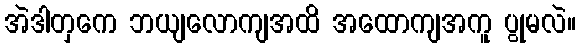
အဲဒါတှကေ ဘယျလောကျအထိ အထောကျအကူ ပွုမလဲ။